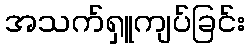
အသက်ရှူကျပ်ခြင်း